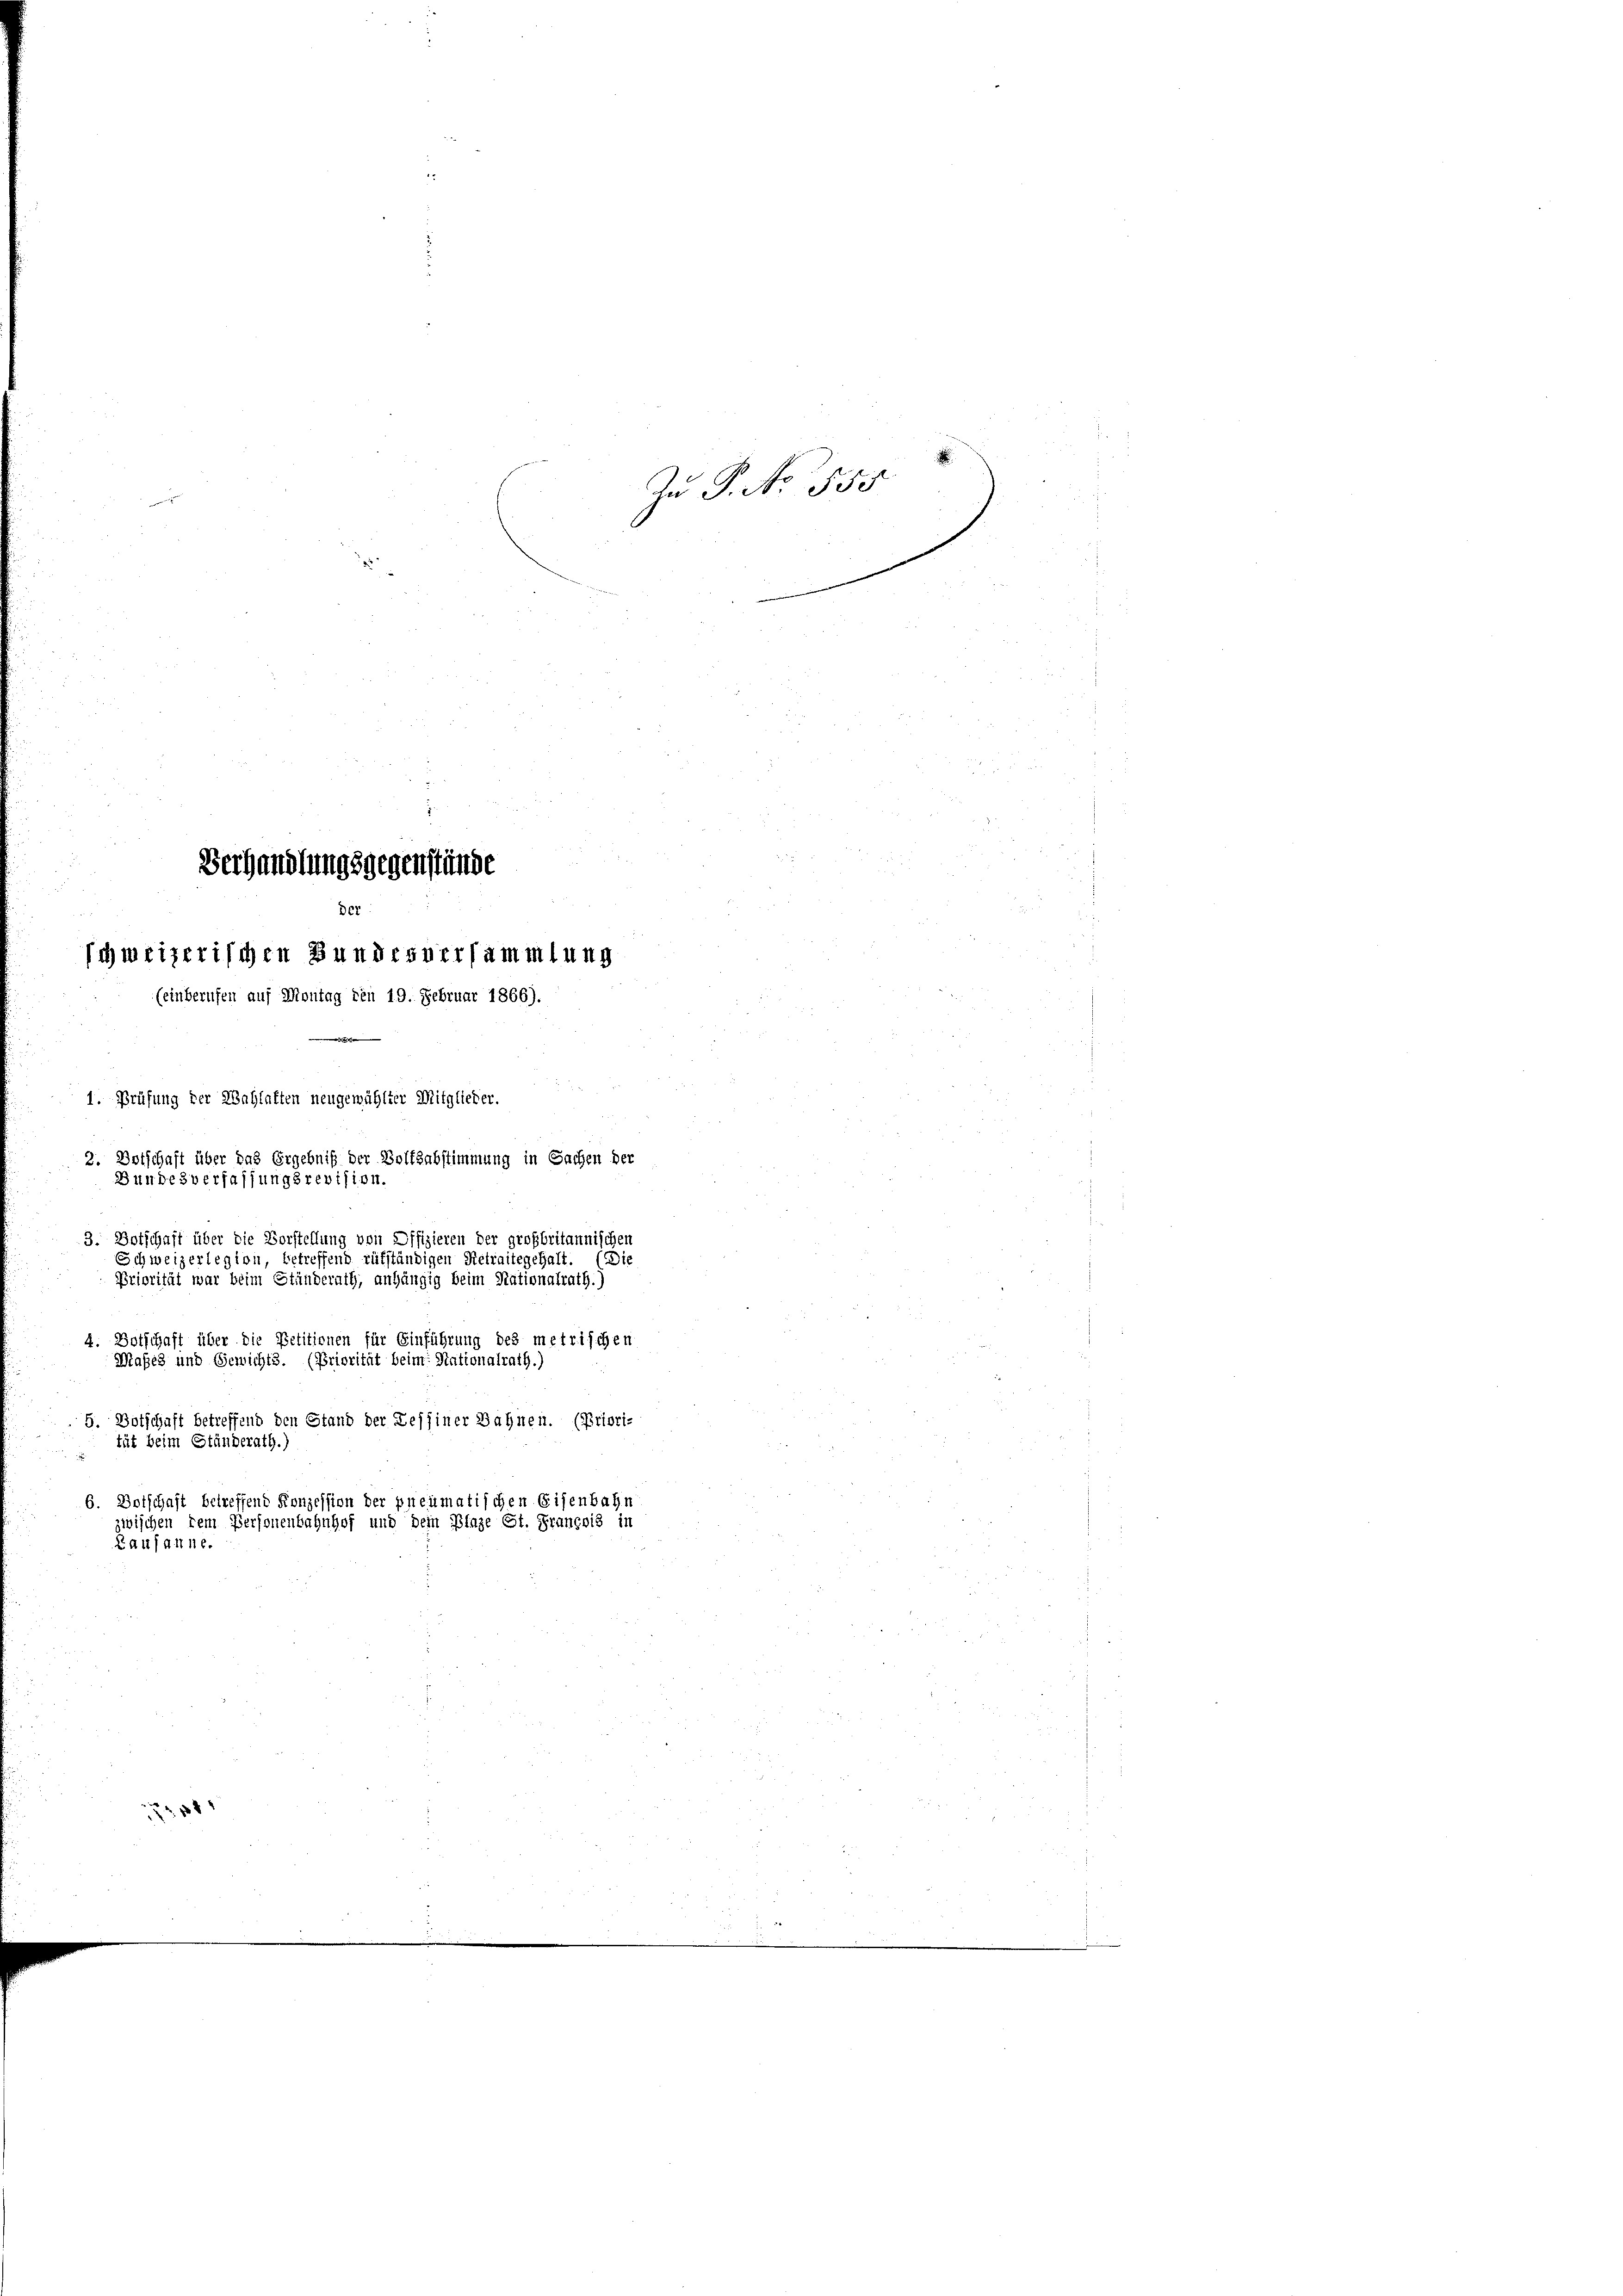
Verhandlungsgegenstände
Der
schweizerischen Bundesversammlung
(einberufen auf Montag den 19. Februar 1866).
1. Prüfung der Wahlaften neugewählter Mitglieder.
2. Botschaft über das Ergebniß der Volksabstimmung in Sachen der
Bundesverfassungsrevision.
3. Botschaft über die Vorstellung von Offizieren der großbritannischen
Schweizerlegion, betreffend rüfständigen Retraitegehalt. (Die
Priorität war beim Ständerath, anhängig beim Nationalrath.)

4. Botschaft über die Petitionen für Einführung des metrischen
Maßes und Gewichts. (Priorität beim Nationalrath.)
5. Botschaft betreffend den Stand der Tessiner Bahnen. (Priori-
tät beim Ständerath.)
6. Dotschaft betreffend Konzession der pneumatischen Eisenbahn
zwischen dem Personenbahnhof und dem Plaze St. Francois in
Lausanne.

1211

Zu P. No 555